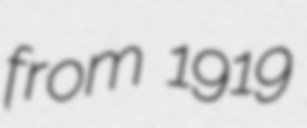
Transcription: from 1919